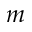
m